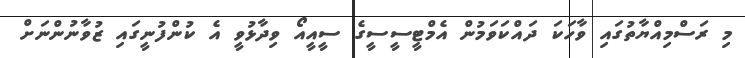
މި ރަސްމިއްޔާތުގައި ވާހަކަ ދައްކަވަމުން އެމްޓީސީސީގެ ސީއީއޯ ވިދާޅުވީ އެ ކުންފުނީގައި ޒުވާނުންނަށް